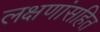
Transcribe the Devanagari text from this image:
लक्षणांसहित